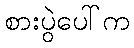
စားပွဲပေါ်က